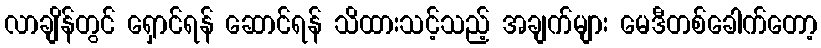
လာချိန်တွင် ရှောင်ရန် ဆောင်ရန် သိထားသင့်သည့် အချက်များ မေဒီတစ်ခေါက်တော့